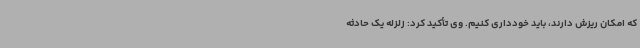
که امکان ریزش دارند، باید خودداری کنیم. وی تأکید کرد: زلزله یک حادثه